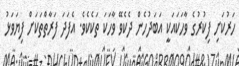
ހަރުކަށި ފިކުރުގެ ވާހަކައަކީ އަބަދުހެން ދެކެވޭ ވާހަކަ ތަކެކެވެ. އެފަދަ ފަރާތްތަކަށް ފިޔަވަޅު